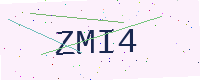
Text: ZMI4